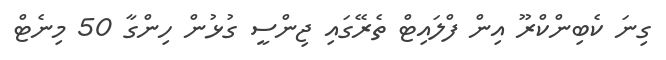
ގިނަ ކެބިންކްރޫ އިން ފްލައިޓް ތެރޭގައި ޖިންސީ ގުޅުން ހިންގާ 50 މިނެޓް